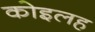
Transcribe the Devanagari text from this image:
कोइलह